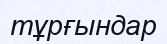
тұрғындар